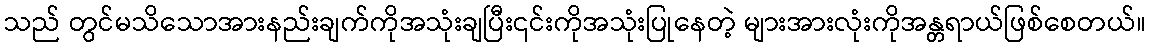
သည် တွင်မသိသောအားနည်းချက်ကိုအသုံးချပြီး၎င်းကိုအသုံးပြုနေတဲ့ များအားလုံးကိုအန္တရာယ်ဖြစ်စေတယ်။